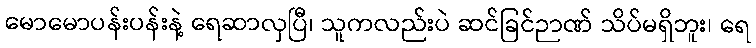
မောမောပန်းပန်းနဲ့ ရေဆာလှပြီ၊ သူကလည်းပဲ ဆင်ခြင်ဉာဏ် သိပ်မရှိဘူး၊ ရေ